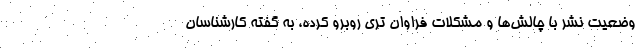
وضعیت نشر با چالش‌ها و مشکلات فراوان تری روبرو کرده، به گفته کارشناسان